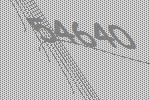
54640